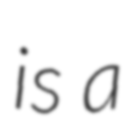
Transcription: is a